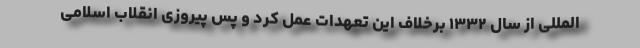
المللی از سال ۱۳۳۲ برخلاف این تعهدات عمل کرد و پس پیروزی انقلاب اسلامی